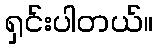
ရှင်းပါတယ်။